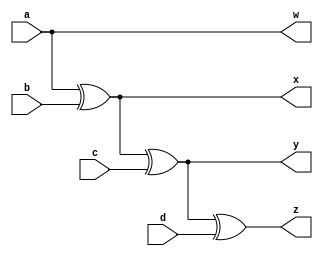
`timescale 1ns/1ns

module GraytoBinary (a, b, c, d, w, x, y, z);
    input a, b, c, d;
    output w, x ,y ,z;
    wire e,f;

    assign w = a;
    xor(e, a, b);
    assign x = e;
    xor(f, e, c);
    assign y = f;
    xor(z, f, d);
    

endmodule 

module GraytoBinary_tb;

    reg a = 1'b0;
    reg b = 1'b0;
    reg c = 1'b0;
    reg d = 1'b0;

    wire w, x, y, z;

    GraytoBinary h1(a,b,c,d,w,x,y,z);

    initial
    begin
        $dumpfile("GraytoBinary.vcd");
        $dumpvars(0, GraytoBinary_tb);
    end

    initial
    begin
        a = 1'b0;
        b = 1'b0;
        c = 1'b0;
        d = 1'b0;
        #10;
        a = 1'b0;
        b = 1'b0;
        c = 1'b0;
        d = 1'b1;
        #10;
        a = 1'b0;
        b = 1'b0;
        c = 1'b1;
        d = 1'b0;
        #10;
        a = 1'b0;
        b = 1'b0;
        c = 1'b1;
        d = 1'b1;
        #10;
        a = 1'b0;
        b = 1'b1;
        c = 1'b0;
        d = 1'b0;
        #10;
        a = 1'b0;
        b = 1'b1;
        c = 1'b0;
        d = 1'b1;
        #10;
        a = 1'b0;
        b = 1'b1;
        c = 1'b1;
        d = 1'b0;
        #10;
        a = 1'b0;
        b = 1'b1;
        c = 1'b1;
        d = 1'b1;
        #10;
        a = 1'b1;
        b = 1'b0;
        c = 1'b0;
        d = 1'b0;
        #10;
        a = 1'b1;
        b = 1'b0;
        c = 1'b0;
        d = 1'b1;
        #10;
        a = 1'b1;
        b = 1'b0;
        c = 1'b1;
        d = 1'b0;
        #10;
        a = 1'b1;
        b = 1'b0;
        c = 1'b1;
        d = 1'b1;
        #10;
        a = 1'b1;
        b = 1'b1;
        c = 1'b0;
        d = 1'b0;
        #10;
        a = 1'b1;
        b = 1'b1;
        c = 1'b0;
        d = 1'b1;
        #10;
        a = 1'b1;
        b = 1'b1;
        c = 1'b1;
        d = 1'b0;
        #10;
        a = 1'b1;
        b = 1'b1;
        c = 1'b1;
        d = 1'b1;
        #10;
    end

    initial
    begin
        $monitor("A = %d\tB = %d\tC = %d\tD = %d\t\tW = %d\tX = %d\tY = %d\tZ = %d\t",a,b,c,d,w,x,y,z);
    end

endmodule